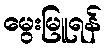
မွေးမြူရန်